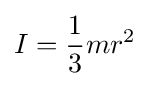
I={\frac {1}{3}}mr^{2}